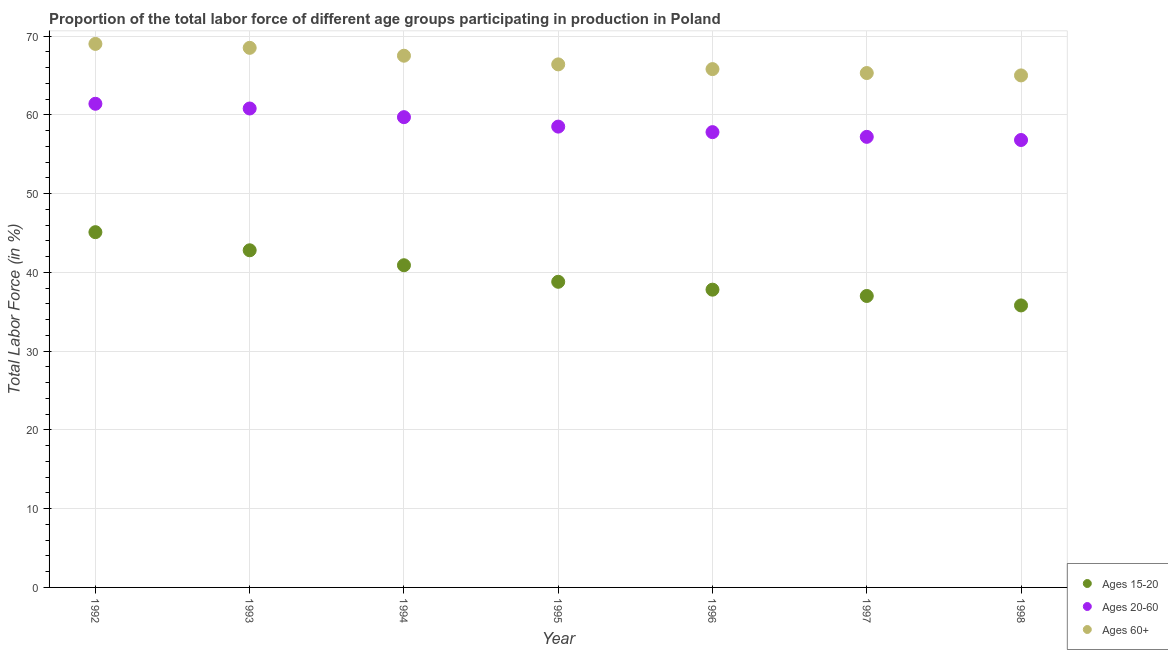
| Year | Ages 15-20 | Ages 20-60 | Ages 60+ |
 | --- | --- | --- | --- |
 | 1992 | 45.1 | 61.4 | 69 |
 | 1993 | 42.8 | 60.8 | 68.5 |
 | 1994 | 40.9 | 59.7 | 67.5 |
 | 1995 | 38.8 | 58.5 | 66.4 |
 | 1996 | 37.8 | 57.8 | 65.8 |
 | 1997 | 37 | 57.2 | 65.3 |
 | 1998 | 35.8 | 56.8 | 65 |